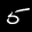
Label: 5